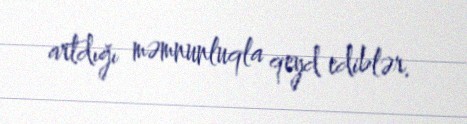
artdığı məmnunluqla qeyd ediblər.